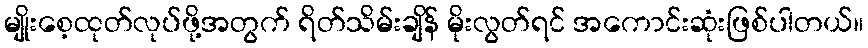
မျိုးစေ့ထုတ်လုပ်ဖို့အတွက် ရိတ်သိမ်းချိန် မိုးလွတ်ရင် အကောင်းဆုံးဖြစ်ပါတယ်။